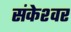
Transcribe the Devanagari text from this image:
संकेश्‍वर